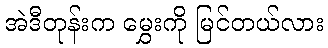
အဲဒီတုန်းက မွှေးကို မြင်တယ်လား